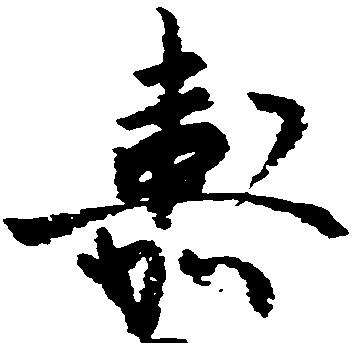
嘉